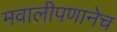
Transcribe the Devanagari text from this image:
मवालीपणानेच